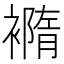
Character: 𧝍